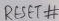
Text: RESET#